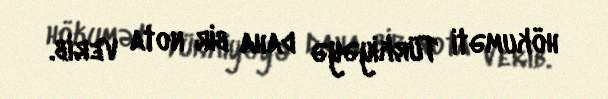
hökuməti Türkiyəyə daha bir nota verib.